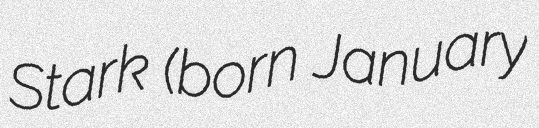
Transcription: Stark (born January